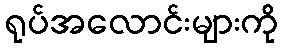
ရုပ်အလောင်းများကို